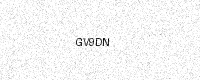
Text: GV9DN